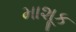
માશૂક